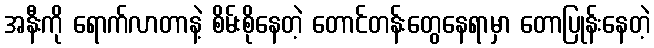
အနီးကို ရောက်လာတာနဲ့ စိမ်းစိုနေတဲ့ တောင်တန်းတွေနေရာမှာ တောပြုန်းနေတဲ့